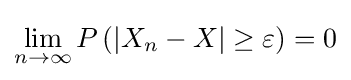
\lim _{n\rightarrow \infty }P\left(\left|X_{n}-X\right|\geq \varepsilon \right)=0